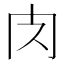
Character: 𮌇